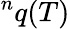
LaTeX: {}^{n}q(T)